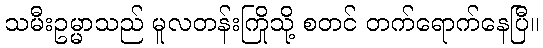
သမီးဥမ္မာသည် မူလတန်းကြိုသို့ စတင် တက်ရောက်နေပြီ။